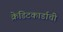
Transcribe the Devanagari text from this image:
क्रेडिटकार्डाची